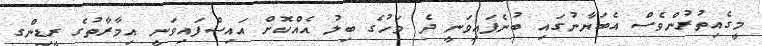
މީގެއިތުރުންވެސް އެބަޔާނުގައި ބުނެފައިވަނީ ދެ މަހުގެ ބިލު އެއްކޮށް އައިސްފައިވަނީ އިމާރާތުގެ ރީޑިންގ